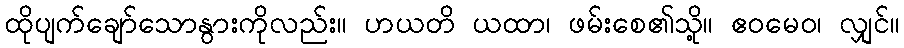
ထိုပျက်ချော်သောနွားကိုလည်း။ ဟယတိ ယထာ၊ ဖမ်းစေ၏သို့။ ဧဝမေဝ၊ လျှင်။